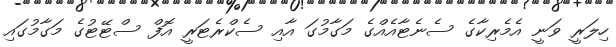
ހިލަރީ ވަނީ އެމެރިކާގެ ސެނެޓާއެއްގެ މަގާމުގަ އާއި ސެކްރެޓަރީ އޮފް ސްޓޭޓުގެ މަގާމުގައި